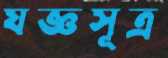
যজ্ঞসূত্র